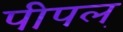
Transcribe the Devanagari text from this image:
पीपल्